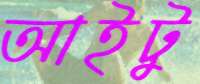
আইটু